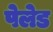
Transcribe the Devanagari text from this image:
पेलेड